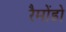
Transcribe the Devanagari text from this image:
रैमोंडो